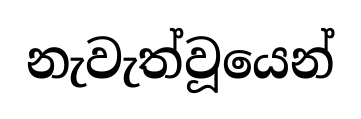
නැවැත්වූයෙන්